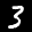
Label: 3